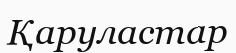
Қаруластар